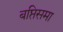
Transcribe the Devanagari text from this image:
बप्तिसमा